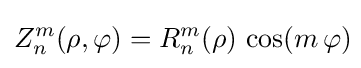
Z_{n}^{m}(\rho ,\varphi )=R_{n}^{m}(\rho )\,\cos(m\,\varphi )\!